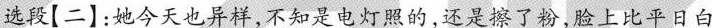
选段[二】：她今天也异样，不知是电灯照的，还是擦了粉，脸上比平日白